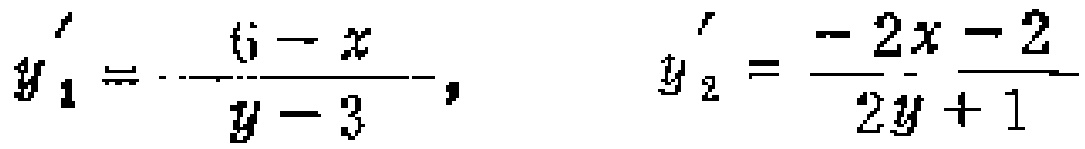
\[y_1' = -\frac{6 - x}{y - 3},\quad y_2' = \frac{-2x - 2}{2y + 1}\]